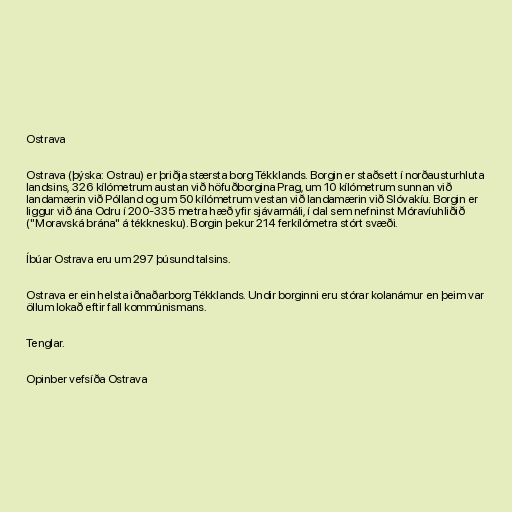
Ostrava

Ostrava (þýska: Ostrau) er þriðja stærsta borg Tékklands. Borgin er staðsett í norðausturhluta
landsins, 326 kílómetrum austan við höfuðborgina Prag, um 10 kílómetrum sunnan við
landamærin við Pólland og um 50 kílómetrum vestan við landamærin við Slóvakíu. Borgin er
liggur við ána Odru í 200-335 metra hæð yfir sjávarmáli, í dal sem nefninst Móravíuhliðið
("Moravská brána" á tékknesku). Borgin þekur 214 ferkílómetra stórt svæði.

Íbúar Ostrava eru um 297 þúsund talsins.

Ostrava er ein helsta iðnaðarborg Tékklands. Undir borginni eru stórar kolanámur en þeim var
öllum lokað eftir fall kommúnismans.

Tenglar.

Opinber vefsíða Ostrava